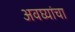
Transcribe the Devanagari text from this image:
अवघ्यांचा